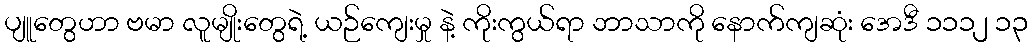
ပျူတွေဟာ ဗမာ လူမျိုးတွေရဲ့ ယဉ်ကျေးမှု နဲ့ ကိုးကွယ်ရာ ဘာသာကို နောက်ကျဆုံး အေဒီ ၁၁၁၂ ၁၃